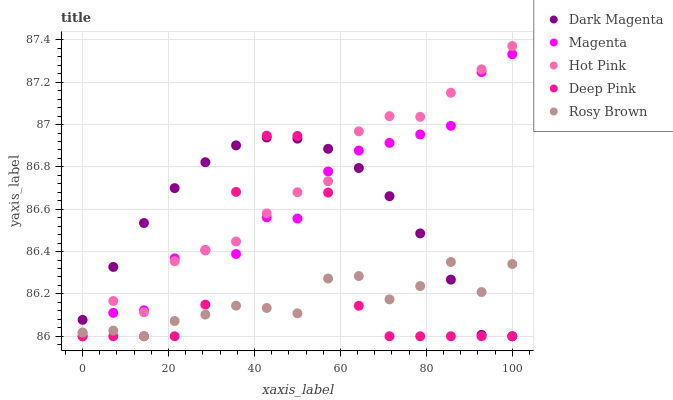
| xaxis_label | Dark Magenta | Magenta | Hot Pink | Deep Pink | Rosy Brown |
 | --- | --- | --- | --- | --- | --- |
 | 0 | 86.1 | 86 | 86 | 86 | 86 |
 | 7.14 | 86.3 | 86.1 | 86.2 | 86 | 86 |
 | 14.3 | 86.5 | 86.1 | 86.1 | 86 | 86 |
 | 21.4 | 86.7 | 86.4 | 86.4 | 86 | 86.1 |
 | 28.6 | 86.8 | 86.4 | 86.4 | 86.1 | 86.1 |
 | 35.7 | 86.9 | 86.4 | 86.4 | 86.7 | 86.1 |
 | 42.9 | 86.9 | 86.6 | 86.6 | 86.9 | 86.1 |
 | 50 | 86.9 | 86.6 | 86.7 | 86.9 | 86.1 |
 | 57.1 | 86.9 | 86.8 | 86.7 | 86.7 | 86.3 |
 | 64.3 | 86.8 | 86.9 | 87 | 86.1 | 86.3 |
 | 71.4 | 86.7 | 86.9 | 87 | 86 | 86.2 |
 | 78.6 | 86.5 | 87 | 87 | 86 | 86.2 |
 | 85.7 | 86.3 | 87 | 87.2 | 86 | 86.4 |
 | 92.9 | 86 | 87.2 | 87.3 | 86 | 86.2 |
 | 100 | 86 | 87.3 | 87.4 | 86 | 86.3 |